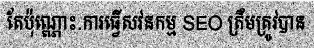
តែប៉ុណ្ណោះ.ការធ្វើសវនកម្ម SEO ត្រឹមត្រូវបាន